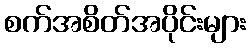
စက်အစိတ်အပိုင်းများ